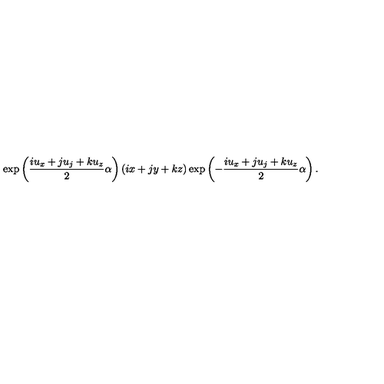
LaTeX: \exp \left( \frac { i u _ { x } + j u _ { j } + k u _ { z } } { 2 } \alpha \right) \left( i x + j y + k z \right) \exp \left( - \frac { i u _ { x } + j u _ { j } + k u _ { z } } { 2 } \alpha \right) .